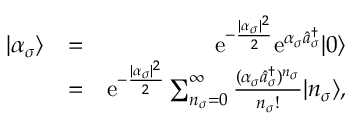
\begin{array} { r l r } { | \alpha _ { \sigma } \rangle } & { = } & { \mathrm { e } ^ { - \frac { | \alpha _ { \sigma } | ^ { 2 } } { 2 } } \mathrm { e } ^ { \alpha _ { \sigma } \hat { a } _ { \sigma } ^ { \dagger } } | 0 \rangle } \\ & { = } & { \mathrm { e } ^ { - \frac { | \alpha _ { \sigma } | ^ { 2 } } { 2 } } \sum _ { n _ { \sigma } = 0 } ^ { \infty } \frac { ( \alpha _ { \sigma } \hat { a } _ { \sigma } ^ { \dagger } ) ^ { n _ { \sigma } } } { n _ { \sigma } ! } | n _ { \sigma } \rangle , } \end{array}